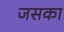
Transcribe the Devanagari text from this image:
जसका